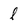
Character: l